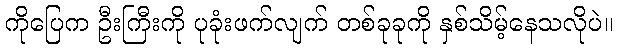
ကိုပြေက ဦးကြီးကို ပုခုံးဖက်လျက် တစ်ခုခုကို နှစ်သိမ့်နေသလိုပဲ။